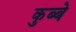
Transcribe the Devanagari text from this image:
कुब्बे